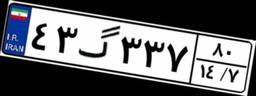
۴۳گ۳۳۷۸۰